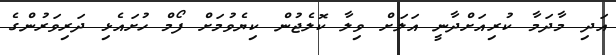
އަދި މާދަމާ ކުރިއަށްދާނީ އަލަށް ވިލާ ކޮލެޖުން ކިޔެވުމަށް ފޯމް ހުށައެޅި ދަރިވަރުންގެ